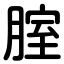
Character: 腟